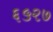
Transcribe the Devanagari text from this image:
६५२७